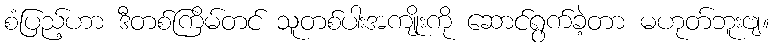
စံပြည့်ဟာ ဒီတစ်ကြိမ်တင် သူတစ်ပါးအကျိုးကို ဆောင်ရွက်ခဲ့တာ မဟုတ်ဘူးဗျ။